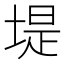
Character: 堤